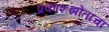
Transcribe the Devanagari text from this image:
प्रकाशझोतांचा